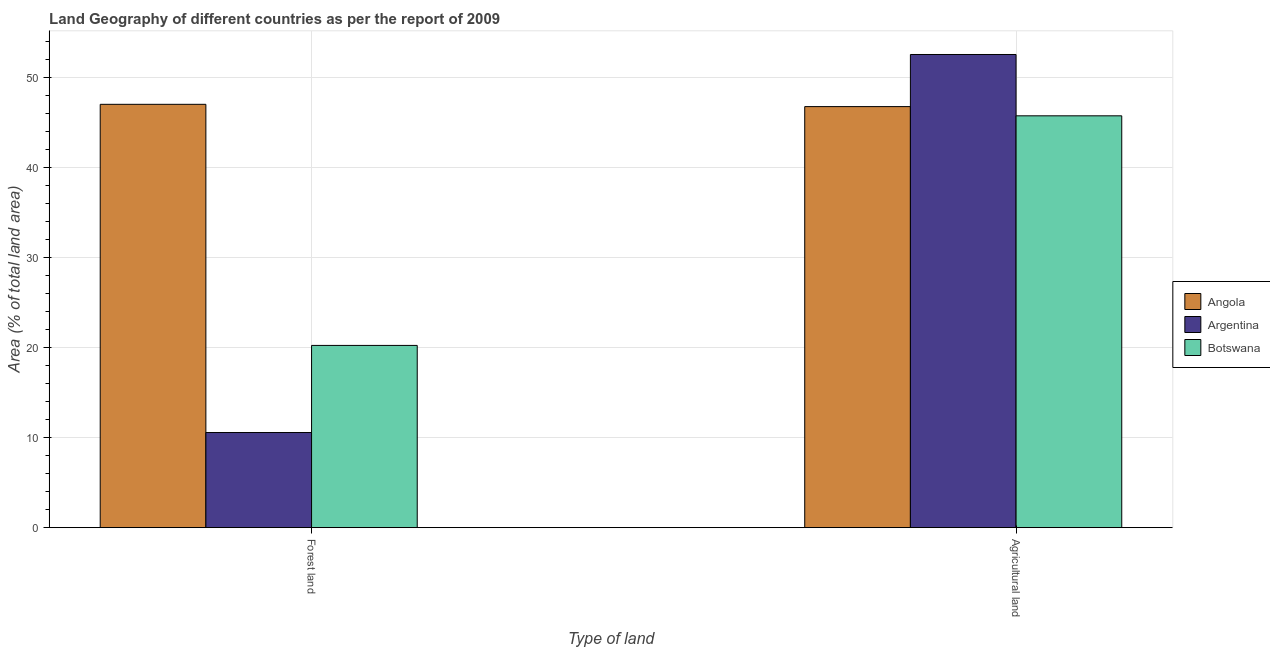
| Type of land | Angola | Argentina | Botswana |
 | --- | --- | --- | --- |
 | Forest land | 47 | 10.6 | 20.2 |
 | Agricultural land | 46.8 | 52.5 | 45.7 |